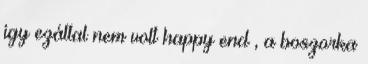
igy ezáltal nem volt happy end , a boszorka